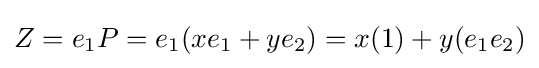
Z=e_{1}P=e_{1}(xe_{1}+ye_{2})=x(1)+y(e_{1}e_{2})